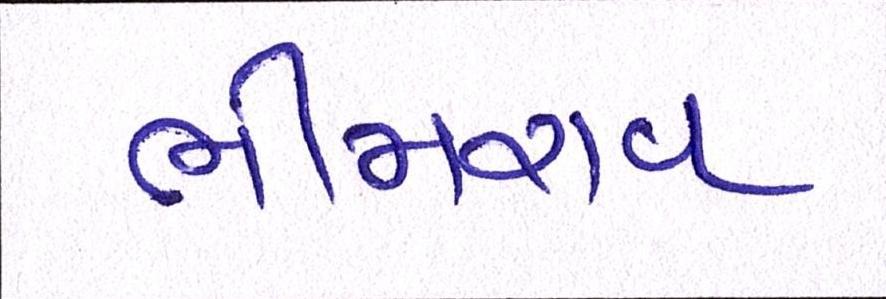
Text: ભીમરાવ